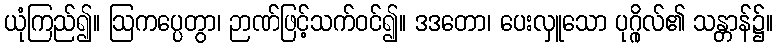
ယုံကြည်၍။ ဩကပ္ပေတွာ၊ ဉာဏ်ဖြင့်သက်ဝင်၍။ ဒဒတော၊ ပေးလှူသော ပုဂ္ဂိုလ်၏ သန္တာန်၌။